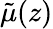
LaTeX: \tilde{\mu}(z)